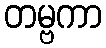
တမ္ဗကာ